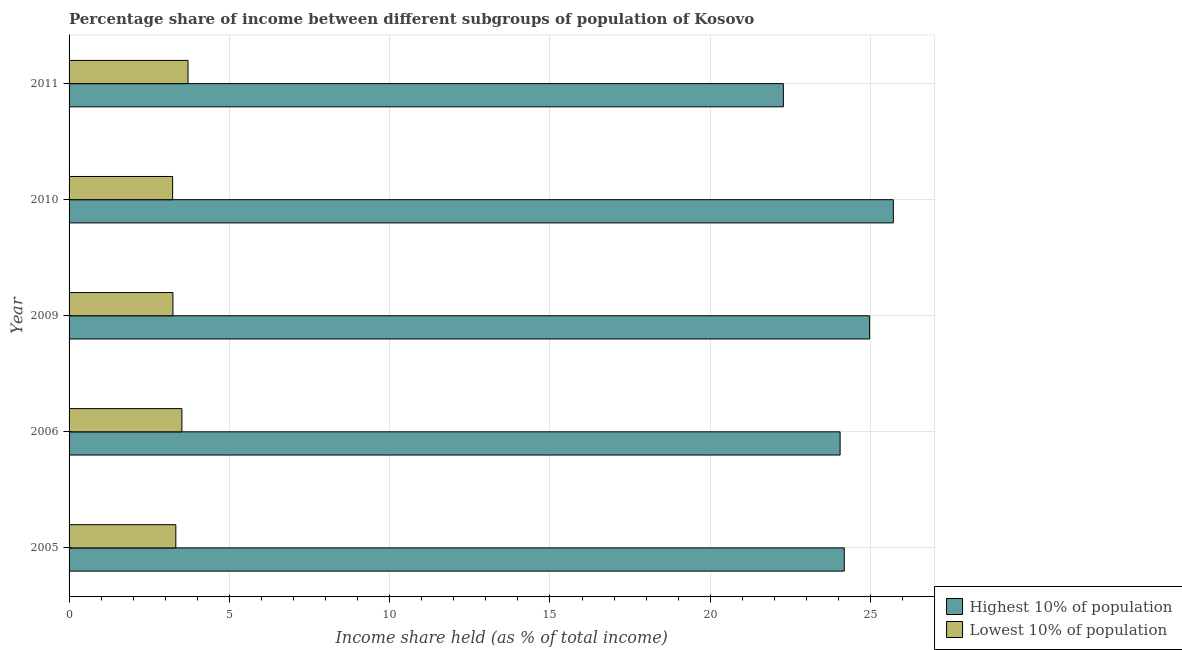
| Year | Highest 10% of population | Lowest 10% of population |
 | --- | --- | --- |
 | 2005 | 24.2 | 3.33 |
 | 2006 | 24.1 | 3.52 |
 | 2009 | 25 | 3.24 |
 | 2010 | 25.7 | 3.23 |
 | 2011 | 22.3 | 3.71 |